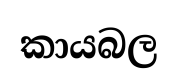
කායබල